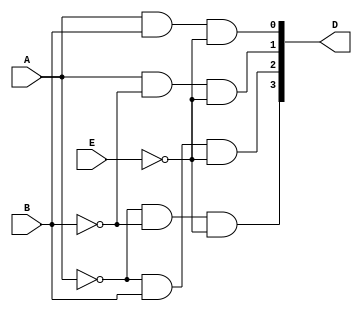
module encoder(A,B,E,D);
  input wire A,B,E;
  output reg [0:3]  D;
  wire An, Bn, En;
  
  
  not g1(An,A);
  not g2(Bn,B);
  not g3(En,E);
  and g4(D[0],An,Bn,En);
  and g5(D[1],An,B,En);
  and g6(D[2],A,Bn,En);
  and g7(D[3],A,B,En);

endmodule